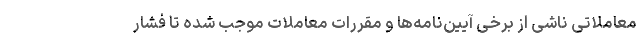
معاملاتی ناشی از برخی آیین‌نامه‌ها و مقررات معاملات موجب شده تا فشار